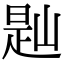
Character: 𡺔